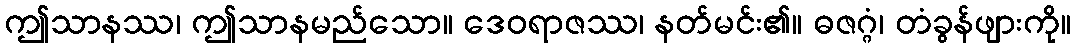
ဤသာနဿ၊ ဤသာနမည်သော။ ဒေဝရာဇဿ၊ နတ်မင်း၏။ ဓဇဂ္ဂံ၊ တံခွန်ဖျားကို။